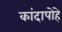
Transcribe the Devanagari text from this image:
कांदापोहे